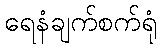
ရေနံချက်စက်ရုံ